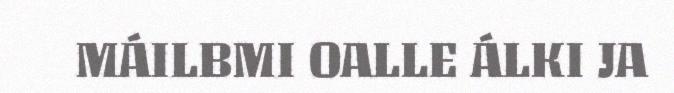
MÁILBMI OALLE ÁLKI JA